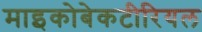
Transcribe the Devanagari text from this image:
माइकोबेकटीरियल